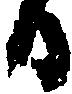
日